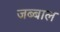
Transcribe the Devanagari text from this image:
जब्बाल